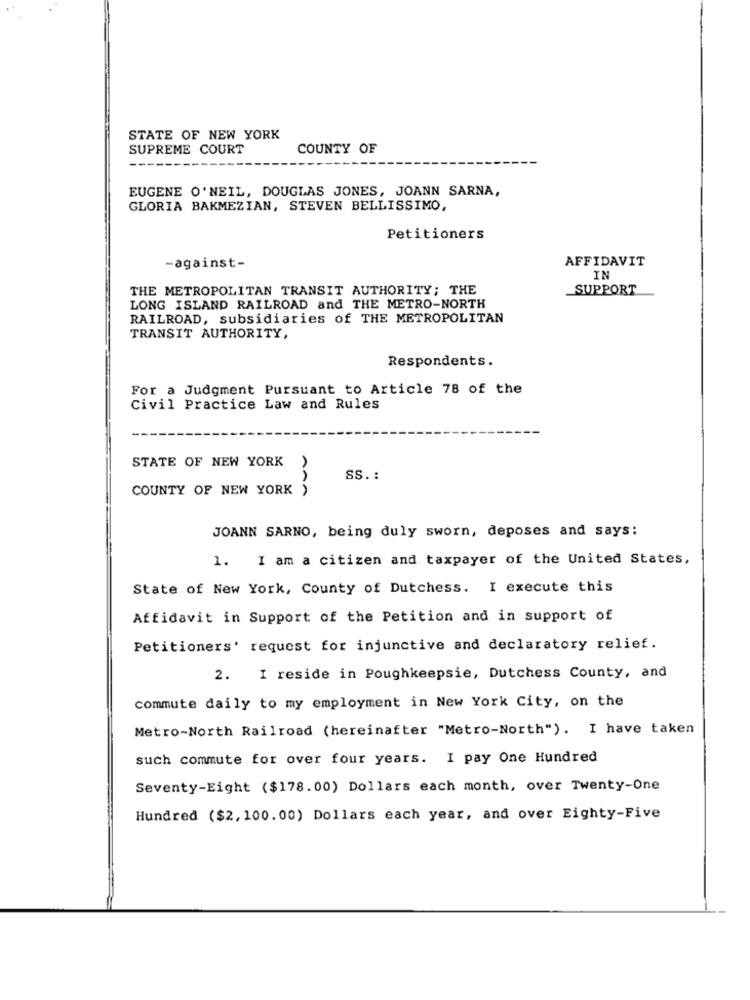
STATE OF NEW YORK
SUPREME COURT
COUNTY OF
EUGENE O'NEIL, DOUGLAS JONES, JOANN SARNA,
GLORIA BAKMEZIAN, STEVEN BELLISSIMO,
Petitioners
AFFIDAVIT
-against-
IN
THE METROPOLITAN TRANSIT AUTHORITY; THE
SUPPORT
LONG ISLAND RAILROAD and THE METRO-NORTH
RAILROAD, subsidiaries of THE METROPOLITAN
TRANSIT AUTHORITY,
Respondents.
For a Judgment Pursuant to Article 78 of the
Civil Practice Law and Rules
STATE OF NEW YORK
SS. :
COUNTY OF NEW YORK >
JOANN SARNO, being duly sworn, deposes and says:
I am a citizen and taxpayer of the United States,
1.
State of New York, County of Dutchess. I execute this
Affidavit in Support of the Petition and in support of
Petitioners' request for injunctive and declaratory relief.
2. I reside in Poughkeepsie, Dutchess County, and
commute daily to my employment in New York City, on the
Metro-North Railroad (hereinafter "Metro-North"). I have taken
such commute for over four years. I pay One Hundred
Seventy-Eight ($178.00) Dollars each month, over Twenty-One
Hundred ($2, 100. 00) Dollars each year, and over Eighty-Five